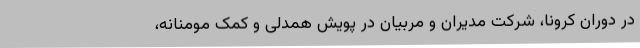
در دوران کرونا، شرکت مدیران و مربیان در پویش همدلی و کمک مومنانه،